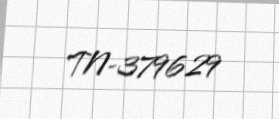
TN-379629